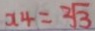
x _ { 4 } = 2 \sqrt { 3 }